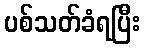
ပစ်သတ်ခံရပြီး